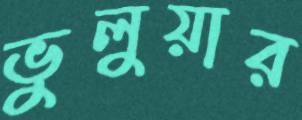
ভুলুয়ার